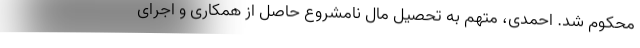
محکوم شد. احمدی، متهم به تحصیل مال نامشروع حاصل از همکاری و اجرای